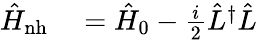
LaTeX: \begin{array}{rl}{\hat{H}_{\mathrm{nh}}}&{{}=\hat{H}_{0}-\frac{i}{2}\hat{L}^{\dagger}\hat{L}}\end{array}